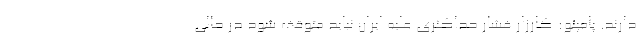
دارند. پامپئو: کارزار فشار حداکثری علیه ایران نباید متوقف شود در حالی